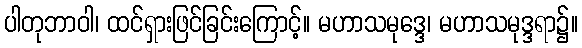
ပါတုဘာဝါ၊ ထင်ရှားဖြင်ခြင်းကြောင့်။ မဟာသမုဒ္ဒေ၊ မဟာသမုဒ္ဒရာ၌။